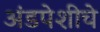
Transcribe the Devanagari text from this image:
अंडपेशीचे